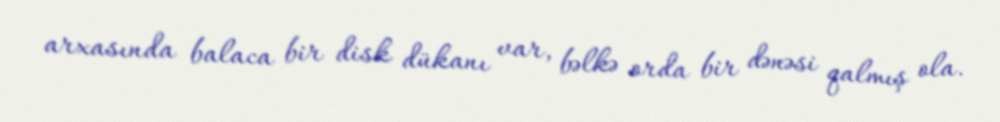
arxasında balaca bir disk dükanı var, bəlkə orda bir dənəsi qalmış ola.